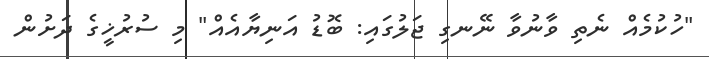
"ހުކުމެއް ނެތި ވާނުވާ ނޭނގި ޖަލުގައި: ބޮޑު އަނިޔާއެއް" މި ސުރުޚީގެ ދަށުން